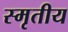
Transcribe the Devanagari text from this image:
स्मृतीय